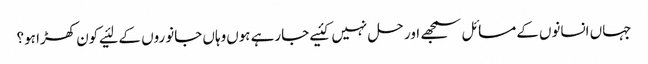
جہاں‌ انسانوں‌کے مسائل سمجھے اور حل نہیں‌کئیے جارہے ہوں‌وہاں‌ جانوروں‌ کے لئیے کون کھڑا ہو؟